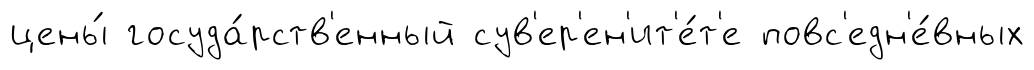
цены́ госуда́рств'енный сув'ер'ен'ит'е́т'е повс'едн'е́вных